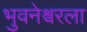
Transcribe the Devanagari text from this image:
भुवनेश्वरला